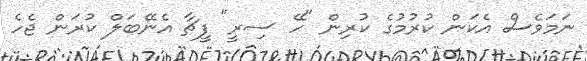
ނަމަވެސް އެކަން ކުރުމުގެ ކުރިން "ހޭ ސިރީ" ފީޗާ އެނޭބަލް ކުރަން ޖެހެ